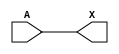
/*
 * Copyright 2020 The SkyWater PDK Authors
 *
 * Licensed under the Apache License, Version 2.0 (the "License");
 * you may not use this file except in compliance with the License.
 * You may obtain a copy of the License at
 *
 *     https://www.apache.org/licenses/LICENSE-2.0
 *
 * Unless required by applicable law or agreed to in writing, software
 * distributed under the License is distributed on an "AS IS" BASIS,
 * WITHOUT WARRANTIES OR CONDITIONS OF ANY KIND, either express or implied.
 * See the License for the specific language governing permissions and
 * limitations under the License.
 *
 * SPDX-License-Identifier: Apache-2.0
*/


`ifndef SKY130_FD_SC_MS__BUF_BEHAVIORAL_V
`define SKY130_FD_SC_MS__BUF_BEHAVIORAL_V

/**
 * buf: Buffer.
 *
 * Verilog simulation functional model.
 */

`timescale 1ns / 1ps
`default_nettype none

`celldefine
module sky130_fd_sc_ms__buf (
    X,
    A
);

    // Module ports
    output X;
    input  A;

    // Module supplies
    supply1 VPWR;
    supply0 VGND;
    supply1 VPB ;
    supply0 VNB ;

    // Local signals
    wire buf0_out_X;

    //  Name  Output      Other arguments
    buf buf0 (buf0_out_X, A              );
    buf buf1 (X         , buf0_out_X     );

endmodule
`endcelldefine

`default_nettype wire
`endif  // SKY130_FD_SC_MS__BUF_BEHAVIORAL_V